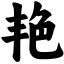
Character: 艳